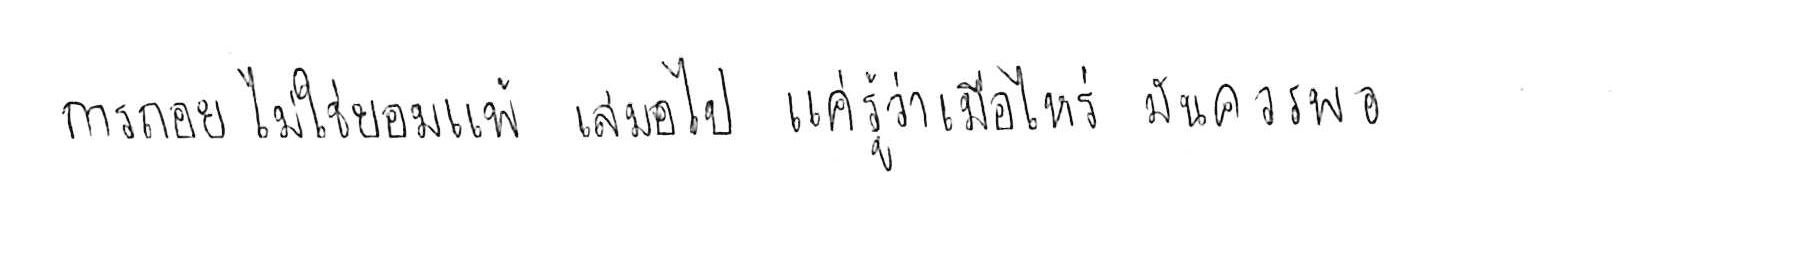
การถอย ไม่ใช่ยอมแพ้ เสมอไป แค่รู้ว่าเมื่อไหร่ มันควรพอ